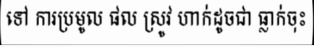
ទៅ ការប្រមូល ផល ស្រូវ ហាក់ដូចជា ធ្លាក់ចុះ